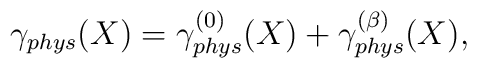
\gamma_{phys} (X) = \gamma^{(0)}_{phys} (X) + \gamma^{(\beta)}_{phys} (X) ,